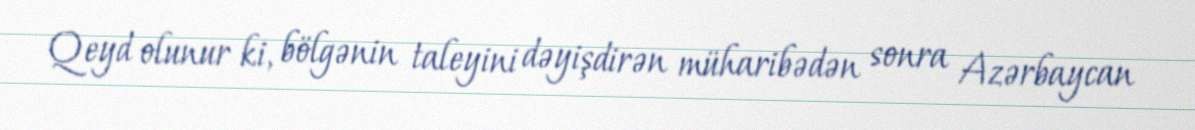
Qeyd olunur ki, bölgənin taleyini dəyişdirən müharibədən sonra Azərbaycan